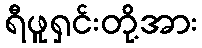
ရီဖူရှင်းတို့အား